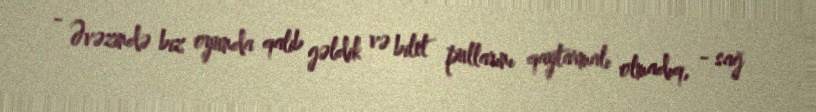
- Əvəzində biz oyunda qalib gəldik və bilet pullarını qaytarmalı olmadıq, - sağ